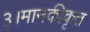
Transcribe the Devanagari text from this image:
३।मानकीकृत